Vaccination United Provinces of Agra and Oudh 1923-1928 - 1923-1928
Year: 1923
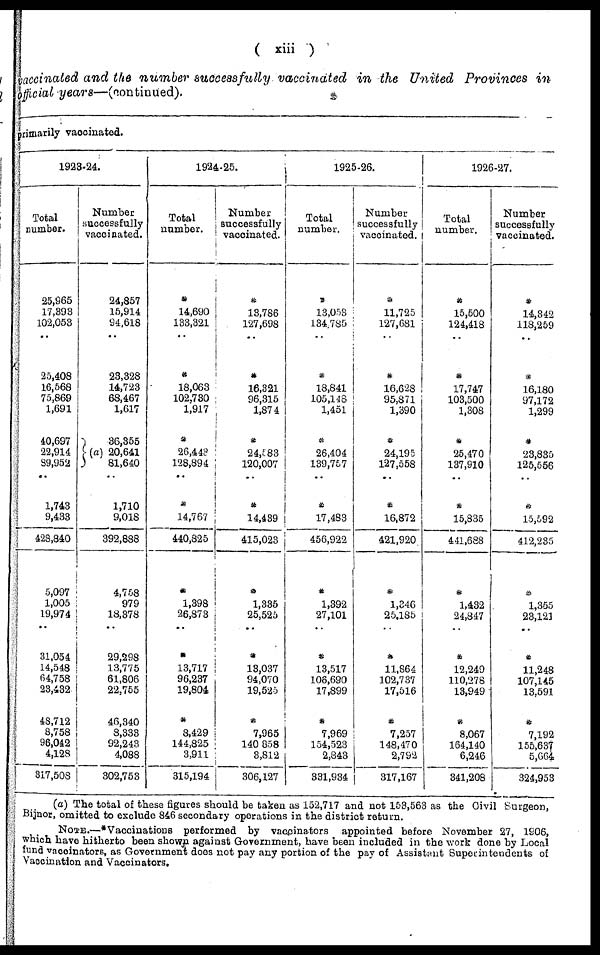
( xiii)
vaccinated and the number successfully vaccinated in the United Provinces in
official years—(continued).
primarily vaccinated.
1923-24.
Total
number.
25,965
17,393
102,058
..
25,408
16,568
75,869
1,691
40,697
22,914
89,952
..
1,743
9,433
428,840
5,097
1,005
19,974
..
31,054
14,548
64,758
23,432
48,712
8,758
96,042
4,128
317,508
Number
successfully
vaccinated.
24,857
15,914
94,618
..
23,328
14,723
68,467
1,617
(a)
36,355
20,641
81,640
..
1,710
9,018
392,888
4,758
979
18,378
..
29,298
13,775
61,806
22,755
46,340
8,333
92,243
4,088
302,753
1924-25.
Total
number.
*
14,690
133,321
..
*
18,063
102,730
1,917
*
26,443
128,894
..
*
14,767
440,825
*
1,398
26,873
..
*
13,717
96,237
19,804
*
8,429
144,825
3,911
315,194
Number
successfully
vaccinated.
*
13,786
127,698
..
*
16,321
96,315
1,874
*
24,583
120,007
..
*
14,439
415,023
*
1,335
25,525
..
*
13,037
94,070
19,525
*
7,965
140 858
3,812
306,127
1925-26.
Total
number.
*
13,053
134,785
..
*
18,841
105,148
1,451
*
26,404
139,757
..
*
17,483
456,922
*
1,392
27,101
..
*
13,517
106,690
17,899
*
7,969
154,523
2,343
331,934
Number
successfully
vaccinated.
*
11,725
127,681
..
*
16,628
95,871
1,390
*
24,195
127,558
..
*
16,872
421,920
*
1,346
25,185
..
*
11,864
102,737
17,516
*
7,257
148,470
2,792
317,167
1926-27.
Total
number.
*
15,500
124,418
..
*
17,747
103,500
1,308
*
25,470
137,910
..
*
15,835
441,688
*
1,432
24,847
..
*
12,249
110,278
13,949
*
8,067
164,140
6,246
341,208
Number
successfully
vaccinated.
*
14,342
118,259
..
*
16,180
97,172
1,299
*
23,835
125,556
..
*
15,592
412,285
*
1,355
23,121
..
*
11,248
107,145
13,591
*
7,192
155,637
5,664
324,953
(a) The total of these figures should be taken as 152,717 and not 153,563 as the Civil Surgeon,
Bijnor, omitted to exclude 846 secondary operations in the district return.
NOTE.—*Vaccinations performed by vaccinators appointed before November 27, 1906,
which have hitherto been shown against Government, have been included in the work done by Local
fund vaccinators, as Government does not pay any portion of the pay of Assistant Superintendents of
Vaccination and Vaccinators.